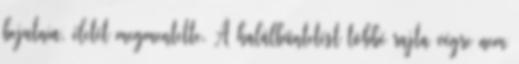
bejutnia, életét megmentette. A halálbüntetést többé rajta végre nem